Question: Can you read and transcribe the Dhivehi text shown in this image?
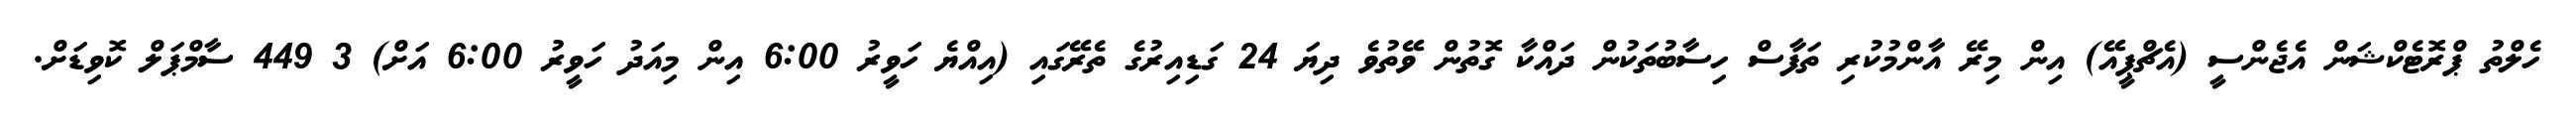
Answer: ހެލްތު ޕްރޮޓެކްޝަން އެޖެންސީ (އެޗްޕީއޭ) އިން މިރޭ އާންމުކުރި ތަފާސް ހިސާބުތަކުން ދައްކާ ގޮތުން ވޭތުވެ ދިޔަ 24 ގަޑިއިރުގެ ތެރޭގައި (އިއްޔެ ހަވީރު 6:00 އިން މިއަދު ހަވީރު 6:00 އަށް) 3 449 ސާމްޕަލް ކޮވިޑަށް.